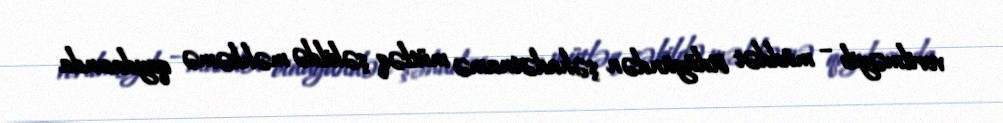
verilməyib – müddət ötdüyündən şəhadətnamə mütləq şəkildə məhkəmə qaydasında